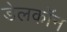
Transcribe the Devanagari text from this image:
डेलकॉन